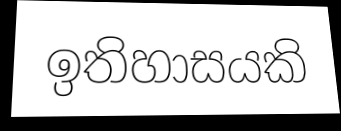
ඉතිහාසයකි